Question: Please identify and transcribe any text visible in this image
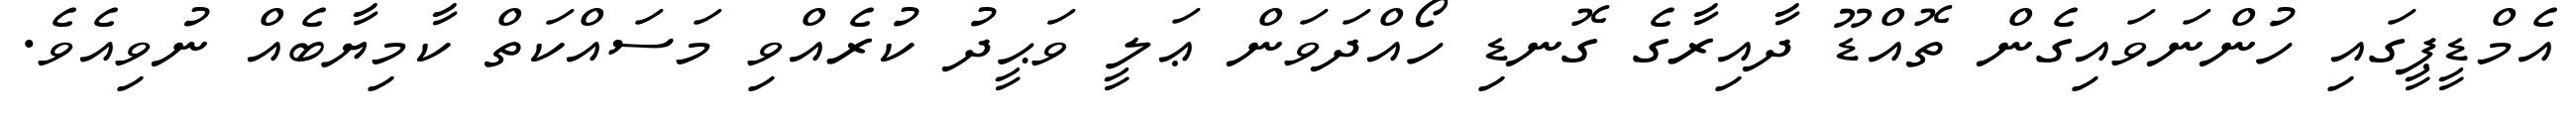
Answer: އެމްޑީޕީގައި ހުންނަވައިގެން ތޮއްޑޫ ދާއިރާގެ ގޮނޑި ހޯއްދަވަން ޢަލީ ވަޙީދު ކުރެއްވި މަސައްކަތް ކާމިޔާބެއް ނުވިއެވެ.